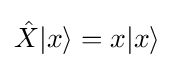
{\hat {X}}|x\rangle =x|x\rangle